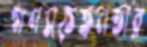
গণসচেতনতার